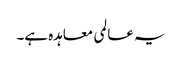
یہ عالمی معاہدہ ہے۔